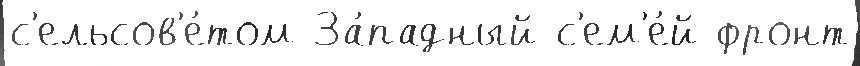
с'ельсов'е́том За́падный с'ем'е́й фронт